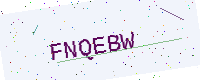
Text: FNQEBW